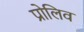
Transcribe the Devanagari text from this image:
प्रोलिव